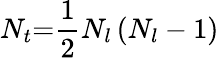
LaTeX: N_{t}\mathrm{=}\frac{1}{2}N_{l}\left(N_{l}-1\right)